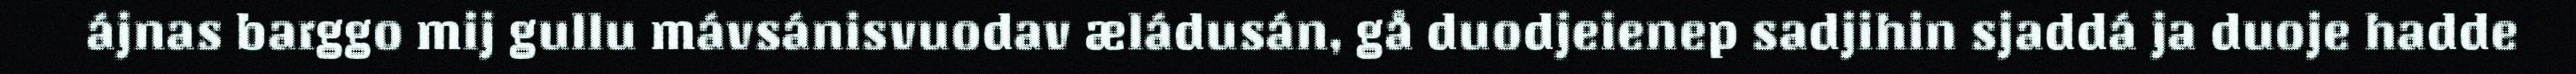
ájnas barggo mij gullu mávsánisvuodav æládusán, gå duodjeienep sadjihin sjaddá ja duoje hadde